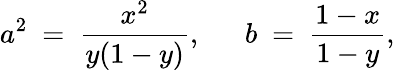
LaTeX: a^{2}~=~\frac{x^{2}}{y(1-y)},~~~~~~b~=~\frac{1-x}{1-y},